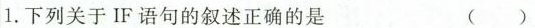
1.下列关于IF语句的叙述正确的是 ( )